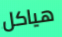
هياكل